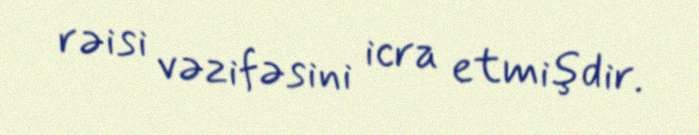
rəisi vəzifəsini icra etmişdir.